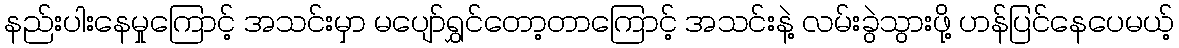
နည်းပါးနေမှုကြောင့် အသင်းမှာ မပျော်ရွှင်တော့တာကြောင့် အသင်းနဲ့ လမ်းခွဲသွားဖို့ ဟန်ပြင်နေပေမယ့်